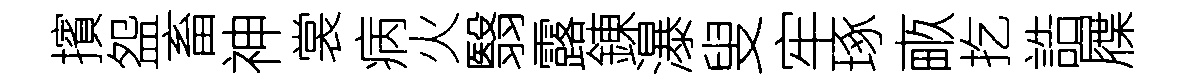
擯盌畜神裳病火翳露錬瀑叟牢琢畞扢誥屧